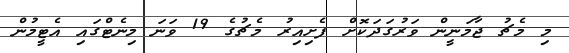
މި މެޗު ޖާމަނީން ވަރުގަދަކޮށް ފެށިއިރު މެޗުގެ 19 ވަނަ މިނެޓްގައި އެޓީމުން